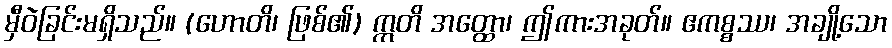
မှီဝဲခြင်းမရှိသည်။ (ဟောတိ၊ ဖြစ်၏) ဣတိ အတ္ထော၊ ဤကားအခုတ်။ ဧကစ္စဿ၊ အချို့သော